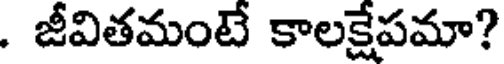
. జీవితమంటే కాలక్షేపమా?